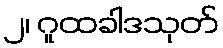
၂၊ ဂူထခါဒသုတ်